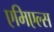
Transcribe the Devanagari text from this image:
एमिएल्स